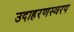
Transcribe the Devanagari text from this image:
उदाहरणस्वरप